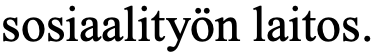
sosiaalityön laitos.